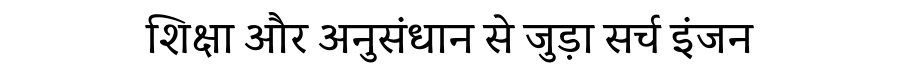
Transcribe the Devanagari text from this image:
शिक्षा और अनुसंधान से जुड़ा सर्च इंजन